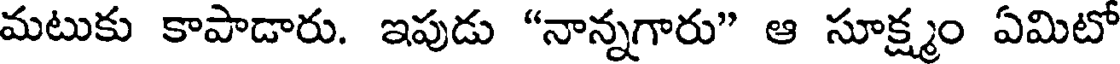
మటుకు కాపాడారు. ఇపుడు "నాన్నగారు" ఆ సూక్ష్మం ఏమిటో